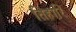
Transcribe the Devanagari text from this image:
तिहारि